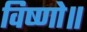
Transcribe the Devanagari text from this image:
विष्णो॥